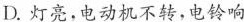
D.灯亮，电动机不转，电铃响